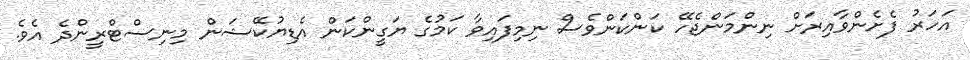
އަހަރު ފެށެންވާއިރަށް ނިންމަންޖެހޭ ކަންކަންވެސް ނިމިފައިވާ ކަމުގެ ޔަގީންކަން އެޑިޔުކޭޝަން މިނިސްޓްރީންދެ އެވެ.